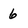
Character: 6